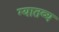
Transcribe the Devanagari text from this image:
ग्यातव्य